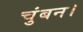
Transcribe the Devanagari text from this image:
चुंबन।